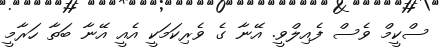
ސްކީމް ވެސް ފެއިލްވީ. އޭނާ ގެ ވެރިކަމަކީ އެއީ އޭނާ ބަތާ ހަރާމީ